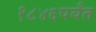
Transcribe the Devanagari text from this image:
१८४६पर्यंत